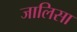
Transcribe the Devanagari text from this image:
जालिसा